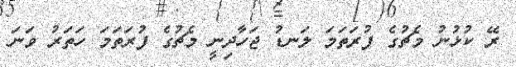
ރޭ ކުޅުނު މެޗުގެ ފުރަތަމަ ލަނޑު ޖަހާދިނީ މެޗުގެ ފުރަތަމަ ހަތަރު ވަނަ